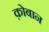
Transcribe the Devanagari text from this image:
क़ोबान